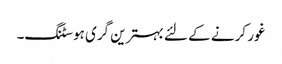
غور کرنے کے لئے بہترین گری ہوسٹنگ۔